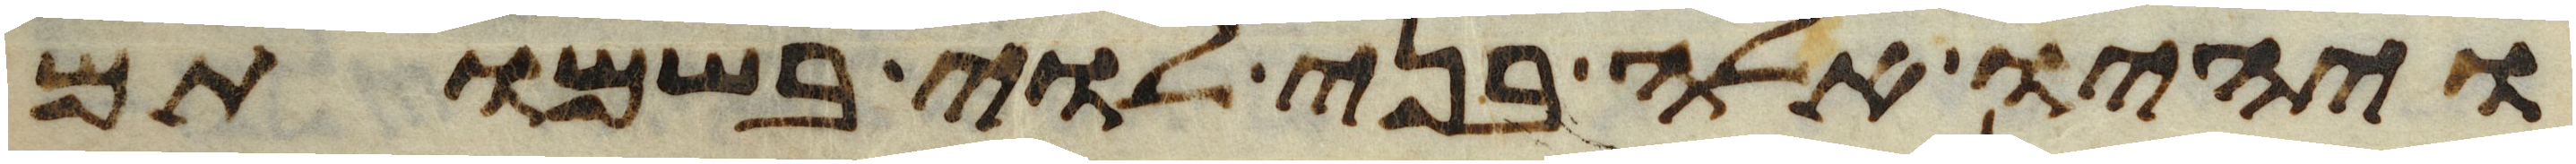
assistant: ויהיו אלה בני לוי בשמותם